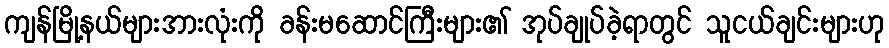
ကျန်မြို့နယ်များအားလုံးကို ခန်းမဆောင်ကြီးများ၏ အုပ်ချုပ်ခဲ့ရာတွင် သူငယ်ချင်းများဟု